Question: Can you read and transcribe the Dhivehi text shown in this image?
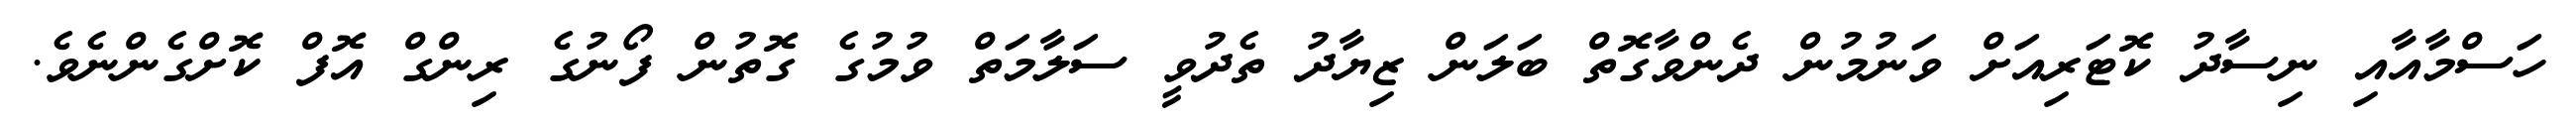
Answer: ހަސްމާއާއި ނިސާދު ކޮޓަރިއަށް ވަނުމުން ދެންވާގޮތް ބަލަން ޒިޔާދު ތެދުވީ ސަލާމަތް ވުމުގެ ގޮތުން ފޯނުގެ ރިންގް އޮފް ކޮށްގެންނެވެ.